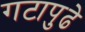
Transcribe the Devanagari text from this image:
गटापुढे